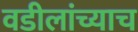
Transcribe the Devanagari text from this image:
वडीलांच्याच